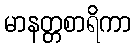
မာနတ္တစာရိကာ